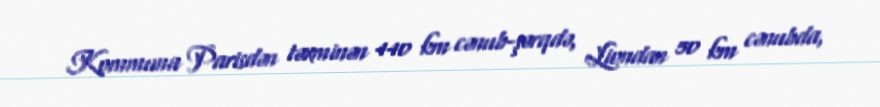
Kommuna Parisdən təxminən 440 km cənub-şərqdə, Liondan 50 km cənubda,